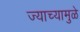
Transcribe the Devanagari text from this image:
ज्याच्यामुळे